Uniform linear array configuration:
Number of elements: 4
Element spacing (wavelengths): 1
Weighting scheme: blackman
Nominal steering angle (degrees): -45
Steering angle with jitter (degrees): -45.099
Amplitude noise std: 0.05
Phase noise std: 0.05

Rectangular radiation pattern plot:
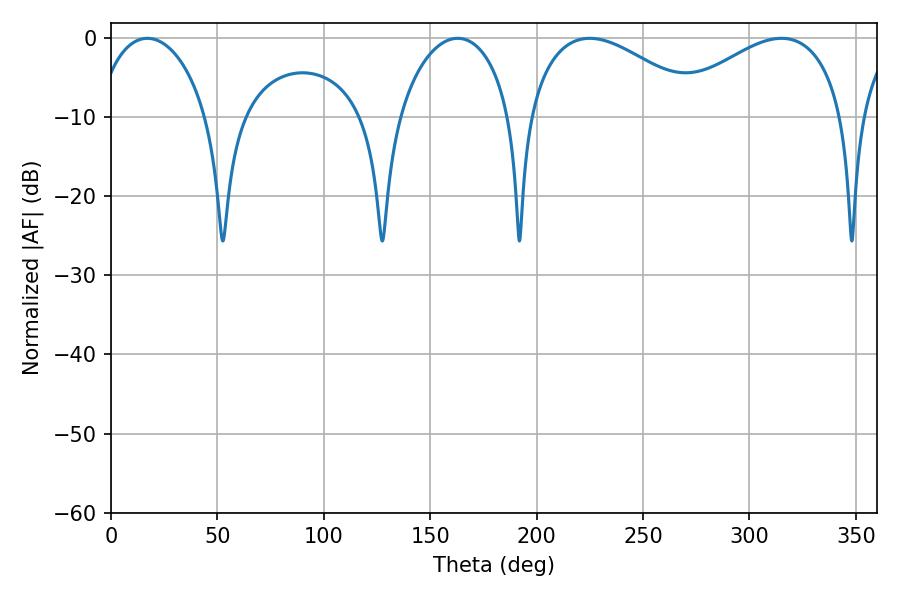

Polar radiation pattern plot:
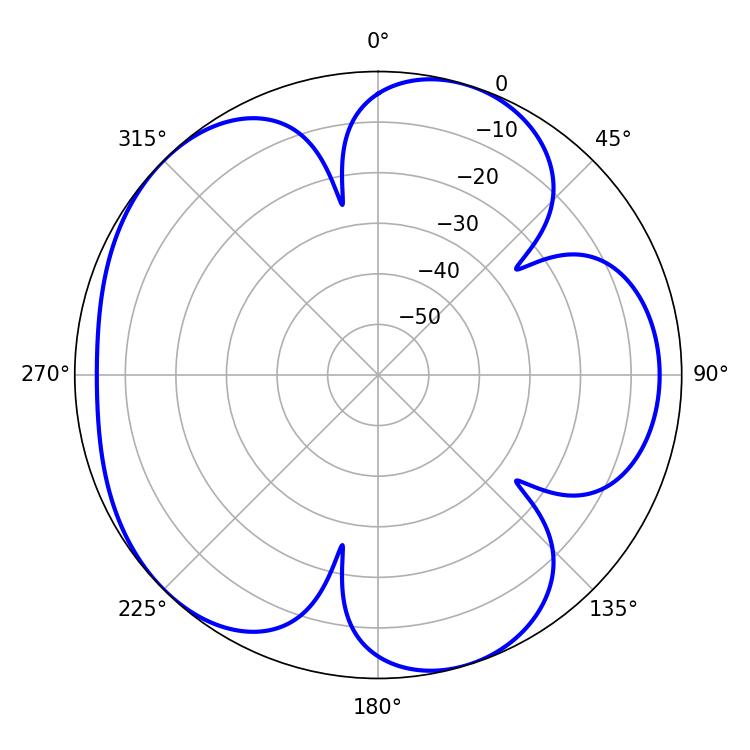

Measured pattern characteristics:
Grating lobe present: TRUE
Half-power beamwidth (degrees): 30.42
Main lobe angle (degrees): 17.1